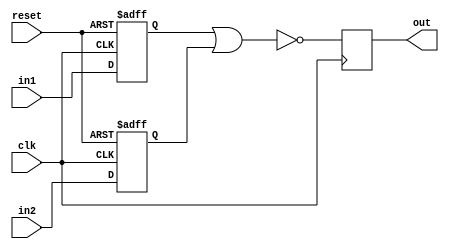
module nor_gate_delay (
    input wire clk,
    input wire reset,
    input wire in1,
    input wire in2,
    output reg out
);

reg synchronized_in1, synchronized_in2;

always @(posedge clk or posedge reset) begin
    if (reset) begin
        synchronized_in1 <= 1'b0;
        synchronized_in2 <= 1'b0;
    end else begin
        synchronized_in1 <= in1;
        synchronized_in2 <= in2;
    end
end

always @(posedge clk) begin
    out <= ~(synchronized_in1 | synchronized_in2);
end

endmodule